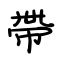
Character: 帶